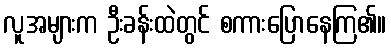
လူအများက ဦးခန်းထဲတွင် စကားပြောနေကြ၏။